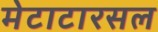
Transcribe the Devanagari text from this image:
मेटाटारसल